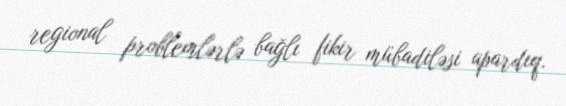
regional problemlərlə bağlı fikir mübadiləsi apardıq.